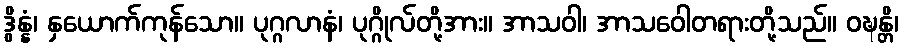
ဒွိန္နံ၊ နှယောက်ကုန်သော။ ပုဂ္ဂလာနံ၊ ပုဂ္ဂိုလ်တို့အား။ အာသဝါ၊ အာသဝေါတရားတို့သည်။ ဝဍ္ဎန္တိ၊